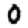
Digit: 0